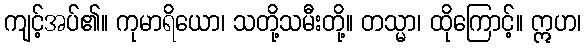
ကျင့်အပ်၏။ ကုမာရိယော၊ သတို့သမီးတို့။ တသ္မာ၊ ထိုကြောင့်။ ဣဟ၊